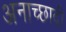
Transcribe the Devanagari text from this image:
अनाच्छादी